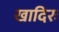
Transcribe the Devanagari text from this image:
खादिरः